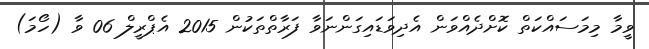
ވީމާ މިމަސައްކަތް ކޮށްދެއްވަން އެދިވަޑައިގަންނަވާ ފަރާތްތަކުން 2015 އެޕްރީލް 06 ވާ (ހޯމަ)